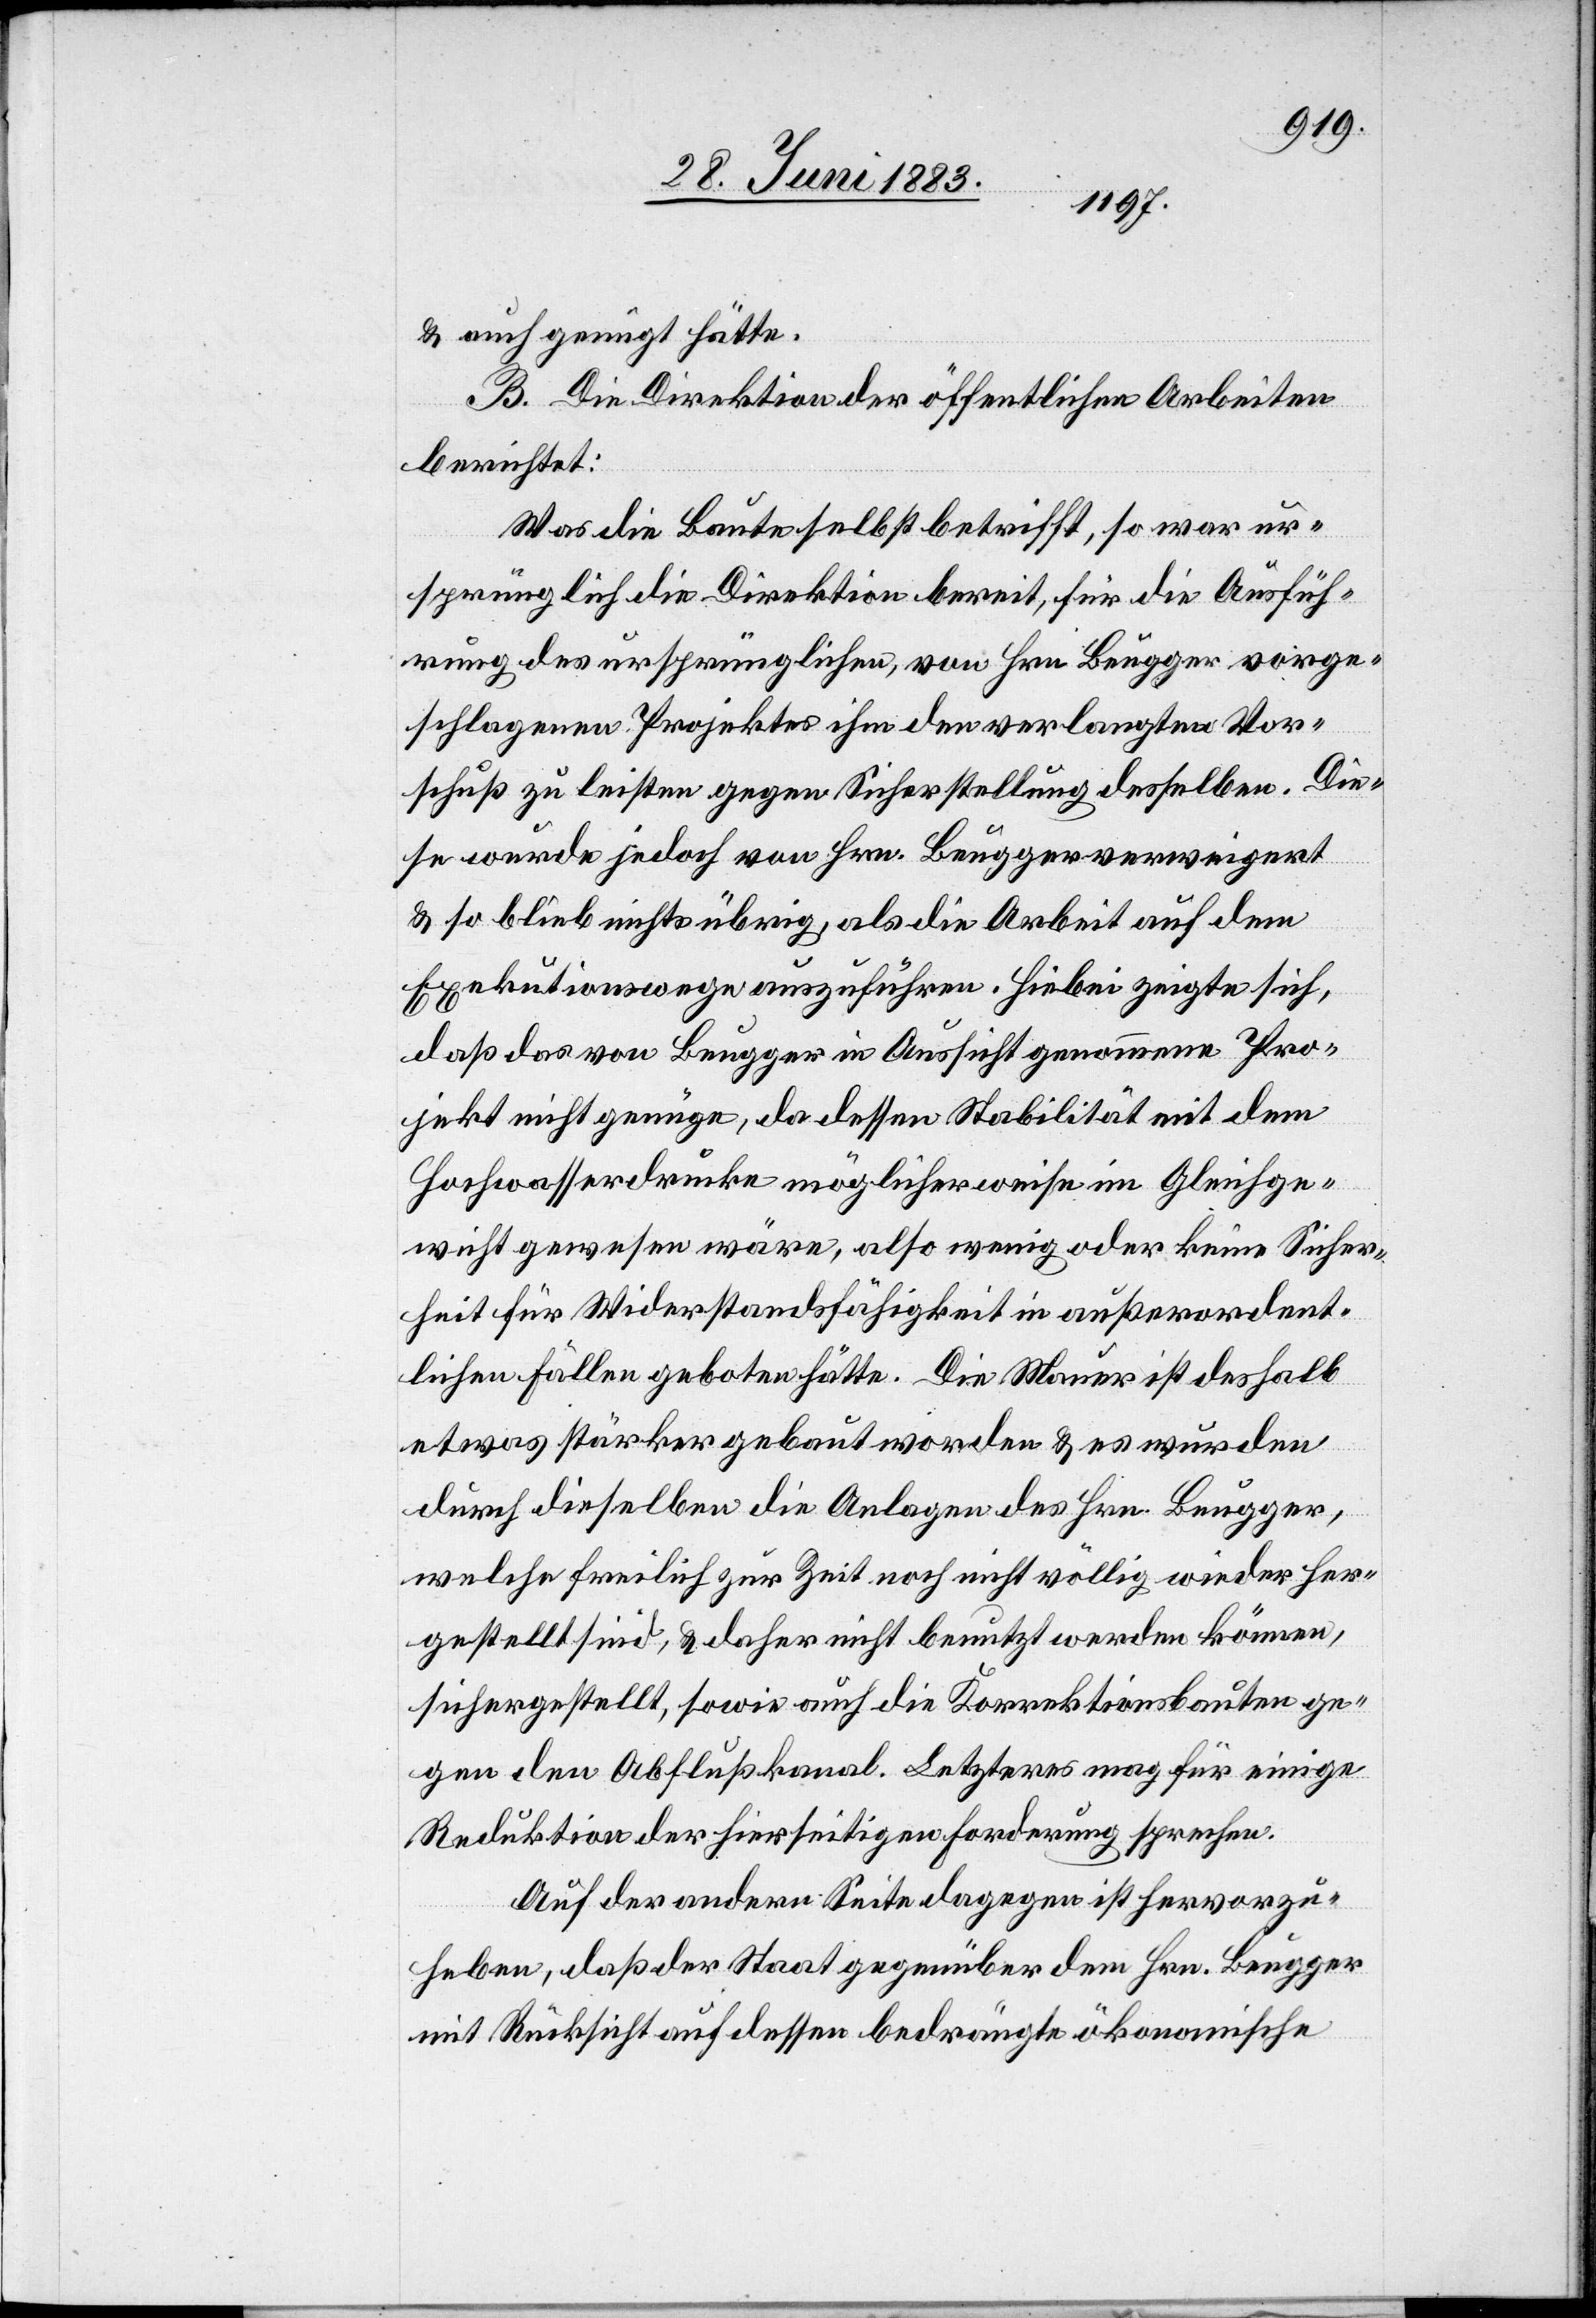
& auch genügt hätte.
B. Die Direktion der öffentlichen Arbeiten
berichtet:
Was die Baute selbst betrifft, so war ur¬
sprünglich die Direktion bereit, für die Ausfüh¬
rung des ursprünglichen, von Hrn. Beugger vorge¬
schlagenen Projektes ihm den verlangten Vor¬
schuß zu leisten gegen Sicherstellung desselben. Die¬
se wurde jedoch von Hrn. Beugger verweigert
& so blieb nichts übrig, als die Arbeit auf dem
Exekutionswege auszuführen. Hiebei zeigte sich,
daß das von Beugger in Aussicht genommene Pro¬
jekt nicht genüge, da dessen Stabilität mit dem
Hochwasserdrucke möglicherweise im Gleichge¬
wicht gewesen wäre, also wenig oder keine Sicher¬
heit für Widerstandsfähigkeit in außerordent¬
lichen Fällen geboten hätte. Die Mauer ist deshalb
etwas stärker gebaut worden & es wurden
durch dieselben die Anlagen des Hrn. Beugger,
welche freilich zur Zeit noch nicht völlig wieder her¬
gestellt sind, & daher nicht benutzt werden können,
sichergestellt, sowie auch die Korrektionsbauten ge¬
gen den Abflußkanal. Letzteres mag für einige
Reduktion der hierseitigen Forderung sprechen.
Auf der andern Seite dagegen ist hervorzu¬
heben, daß der Staat gegenüber dem Hrn. Brugger
mit Rücksicht auf dessen bedrängte ökonomische